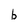
Character: b